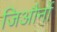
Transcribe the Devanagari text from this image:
जिऔर्नो